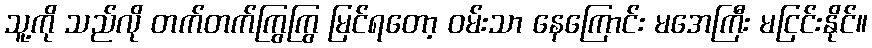
သူ့ကို သည်လို တက်တက်ကြွကြွ မြင်ရတော့ ဝမ်းသာ နေကြောင်း မအေကြီး မငြင်းနိုင်။